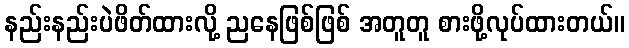
နည်းနည်းပဲဖိတ်ထားလို့ ညနေဖြစ်ဖြစ် အတူတူ စားဖို့လုပ်ထားတယ်။